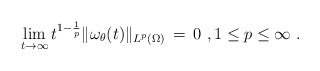
\begin{align*} \lim_{t \to \infty} t^{1-\frac1p} \|\omega_\theta(t)\|_{L^p(\Omega)} \,=\, 0~, 1 \le p \le \infty~.\end{align*}